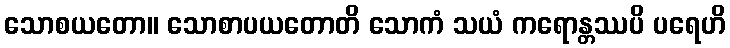
သောစယတော။ သောစာပယတောတိ သောကံ သယံ ကရောန္တဿပိ ပရေဟိ